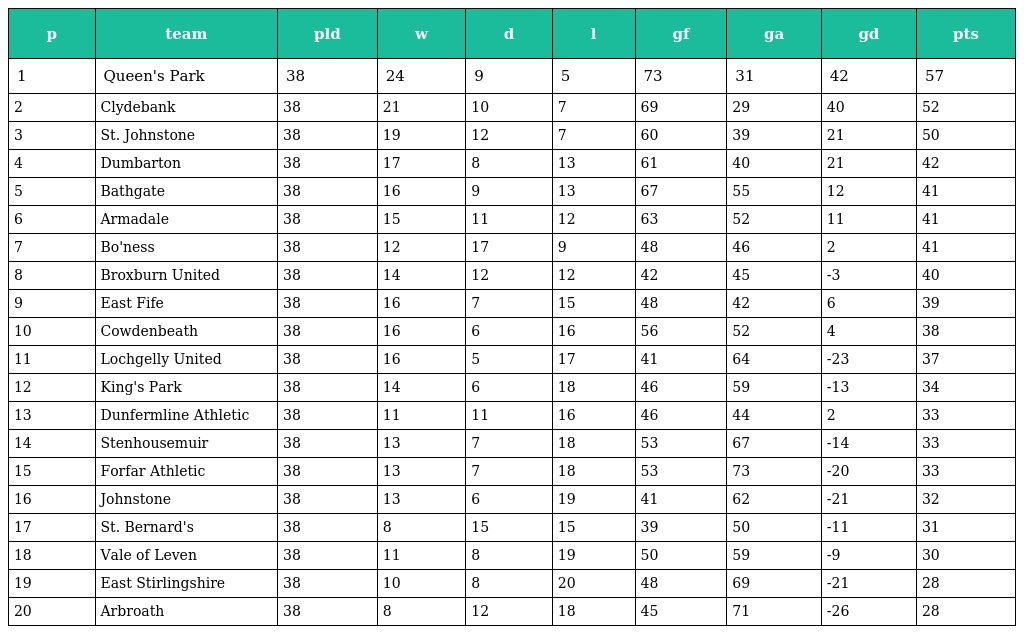
| p | team | pld | w | d | l | gf | ga | gd | pts |
 | --- | --- | --- | --- | --- | --- | --- | --- | --- | --- |
 | 1 | Queen's Park | 38 | 24 | 9 | 5 | 73 | 31 | 42 | 57 |
 | 2 | Clydebank | 38 | 21 | 10 | 7 | 69 | 29 | 40 | 52 |
 | 3 | St. Johnstone | 38 | 19 | 12 | 7 | 60 | 39 | 21 | 50 |
 | 4 | Dumbarton | 38 | 17 | 8 | 13 | 61 | 40 | 21 | 42 |
 | 5 | Bathgate | 38 | 16 | 9 | 13 | 67 | 55 | 12 | 41 |
 | 6 | Armadale | 38 | 15 | 11 | 12 | 63 | 52 | 11 | 41 |
 | 7 | Bo'ness | 38 | 12 | 17 | 9 | 48 | 46 | 2 | 41 |
 | 8 | Broxburn United | 38 | 14 | 12 | 12 | 42 | 45 | -3 | 40 |
 | 9 | East Fife | 38 | 16 | 7 | 15 | 48 | 42 | 6 | 39 |
 | 10 | Cowdenbeath | 38 | 16 | 6 | 16 | 56 | 52 | 4 | 38 |
 | 11 | Lochgelly United | 38 | 16 | 5 | 17 | 41 | 64 | -23 | 37 |
 | 12 | King's Park | 38 | 14 | 6 | 18 | 46 | 59 | -13 | 34 |
 | 13 | Dunfermline Athletic | 38 | 11 | 11 | 16 | 46 | 44 | 2 | 33 |
 | 14 | Stenhousemuir | 38 | 13 | 7 | 18 | 53 | 67 | -14 | 33 |
 | 15 | Forfar Athletic | 38 | 13 | 7 | 18 | 53 | 73 | -20 | 33 |
 | 16 | Johnstone | 38 | 13 | 6 | 19 | 41 | 62 | -21 | 32 |
 | 17 | St. Bernard's | 38 | 8 | 15 | 15 | 39 | 50 | -11 | 31 |
 | 18 | Vale of Leven | 38 | 11 | 8 | 19 | 50 | 59 | -9 | 30 |
 | 19 | East Stirlingshire | 38 | 10 | 8 | 20 | 48 | 69 | -21 | 28 |
 | 20 | Arbroath | 38 | 8 | 12 | 18 | 45 | 71 | -26 | 28 |